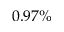
0 . 9 7 \%